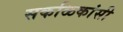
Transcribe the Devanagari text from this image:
सकळिकांसी